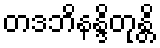
တဒဘိနန္ဒိတုန္တိ